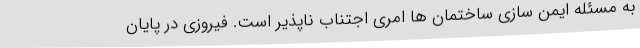
به مسئله ایمن سازی ساختمان ها امری اجتناب ناپذیر است. فیروزی در پایان